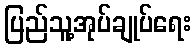
ပြည်သူ့အုပ်ချုပ်ရေး